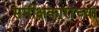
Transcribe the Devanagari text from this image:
समीक्षकारांच्या